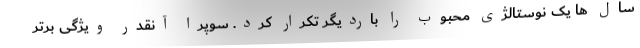
سال ها یک نوستالژی محبوب را باردیگر تکرار کرد. سوپرا آنقدر ویژگی برتر